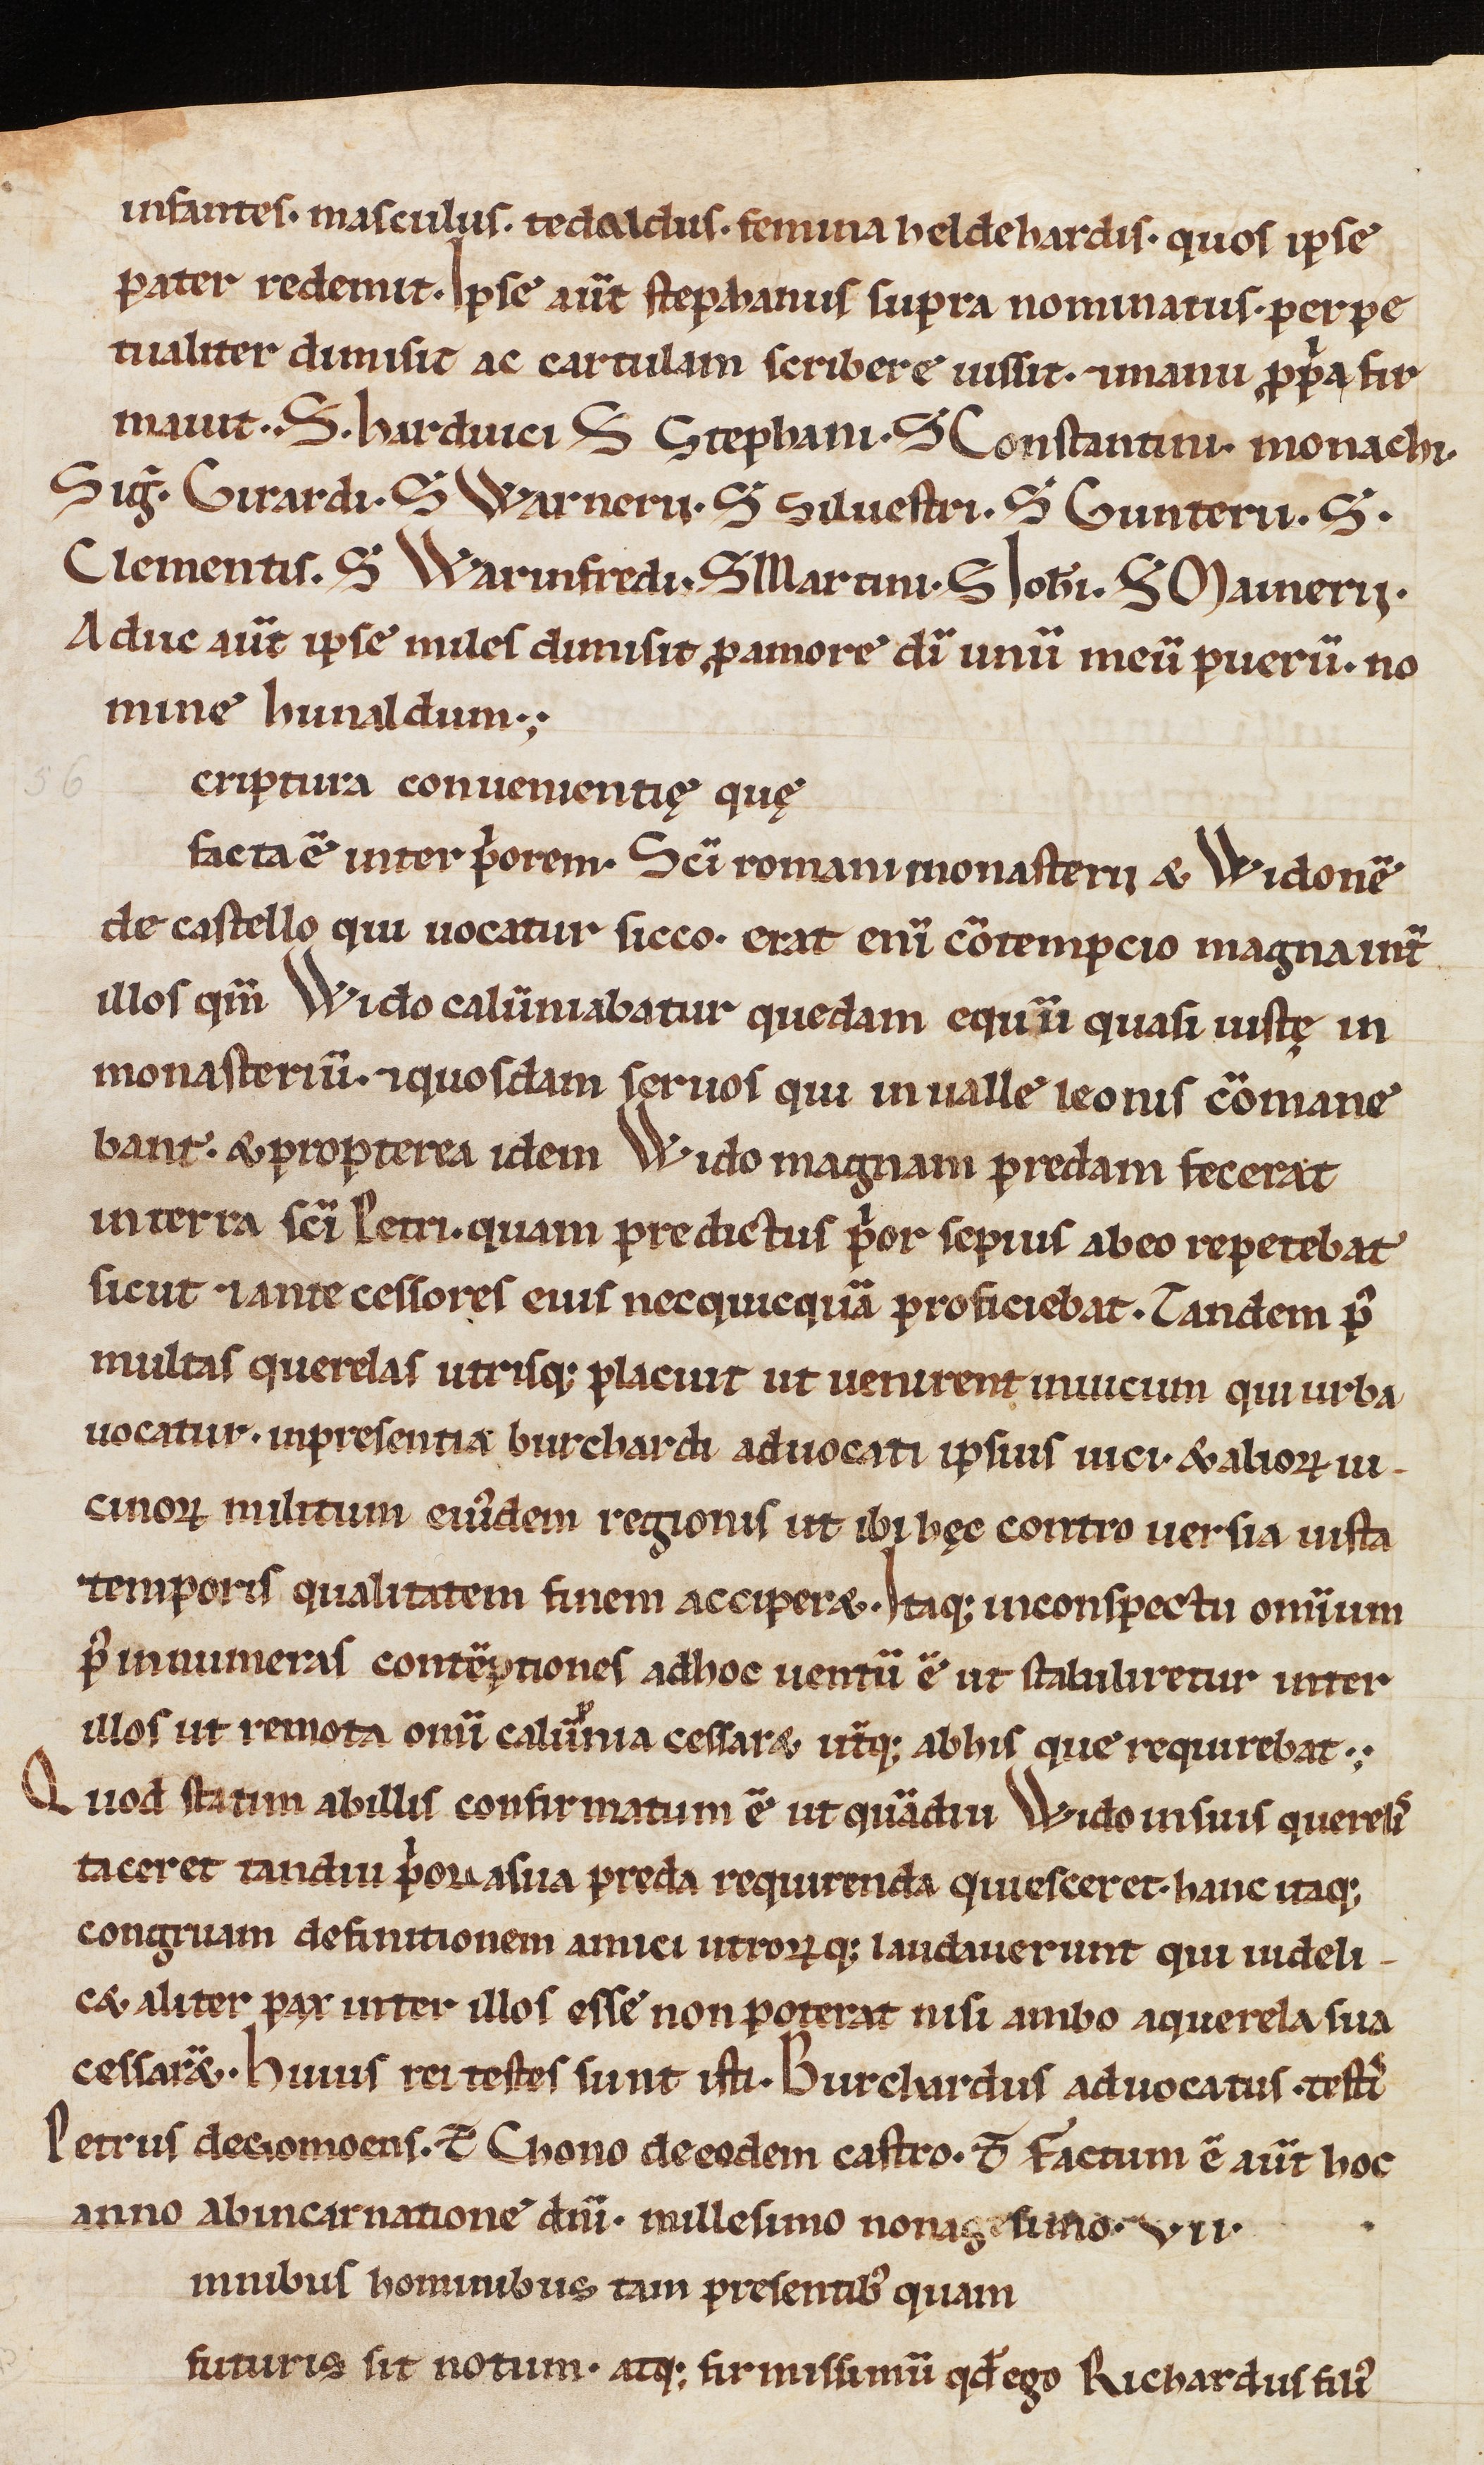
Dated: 1100–1315